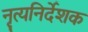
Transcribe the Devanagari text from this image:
नृत्यनिर्देशक